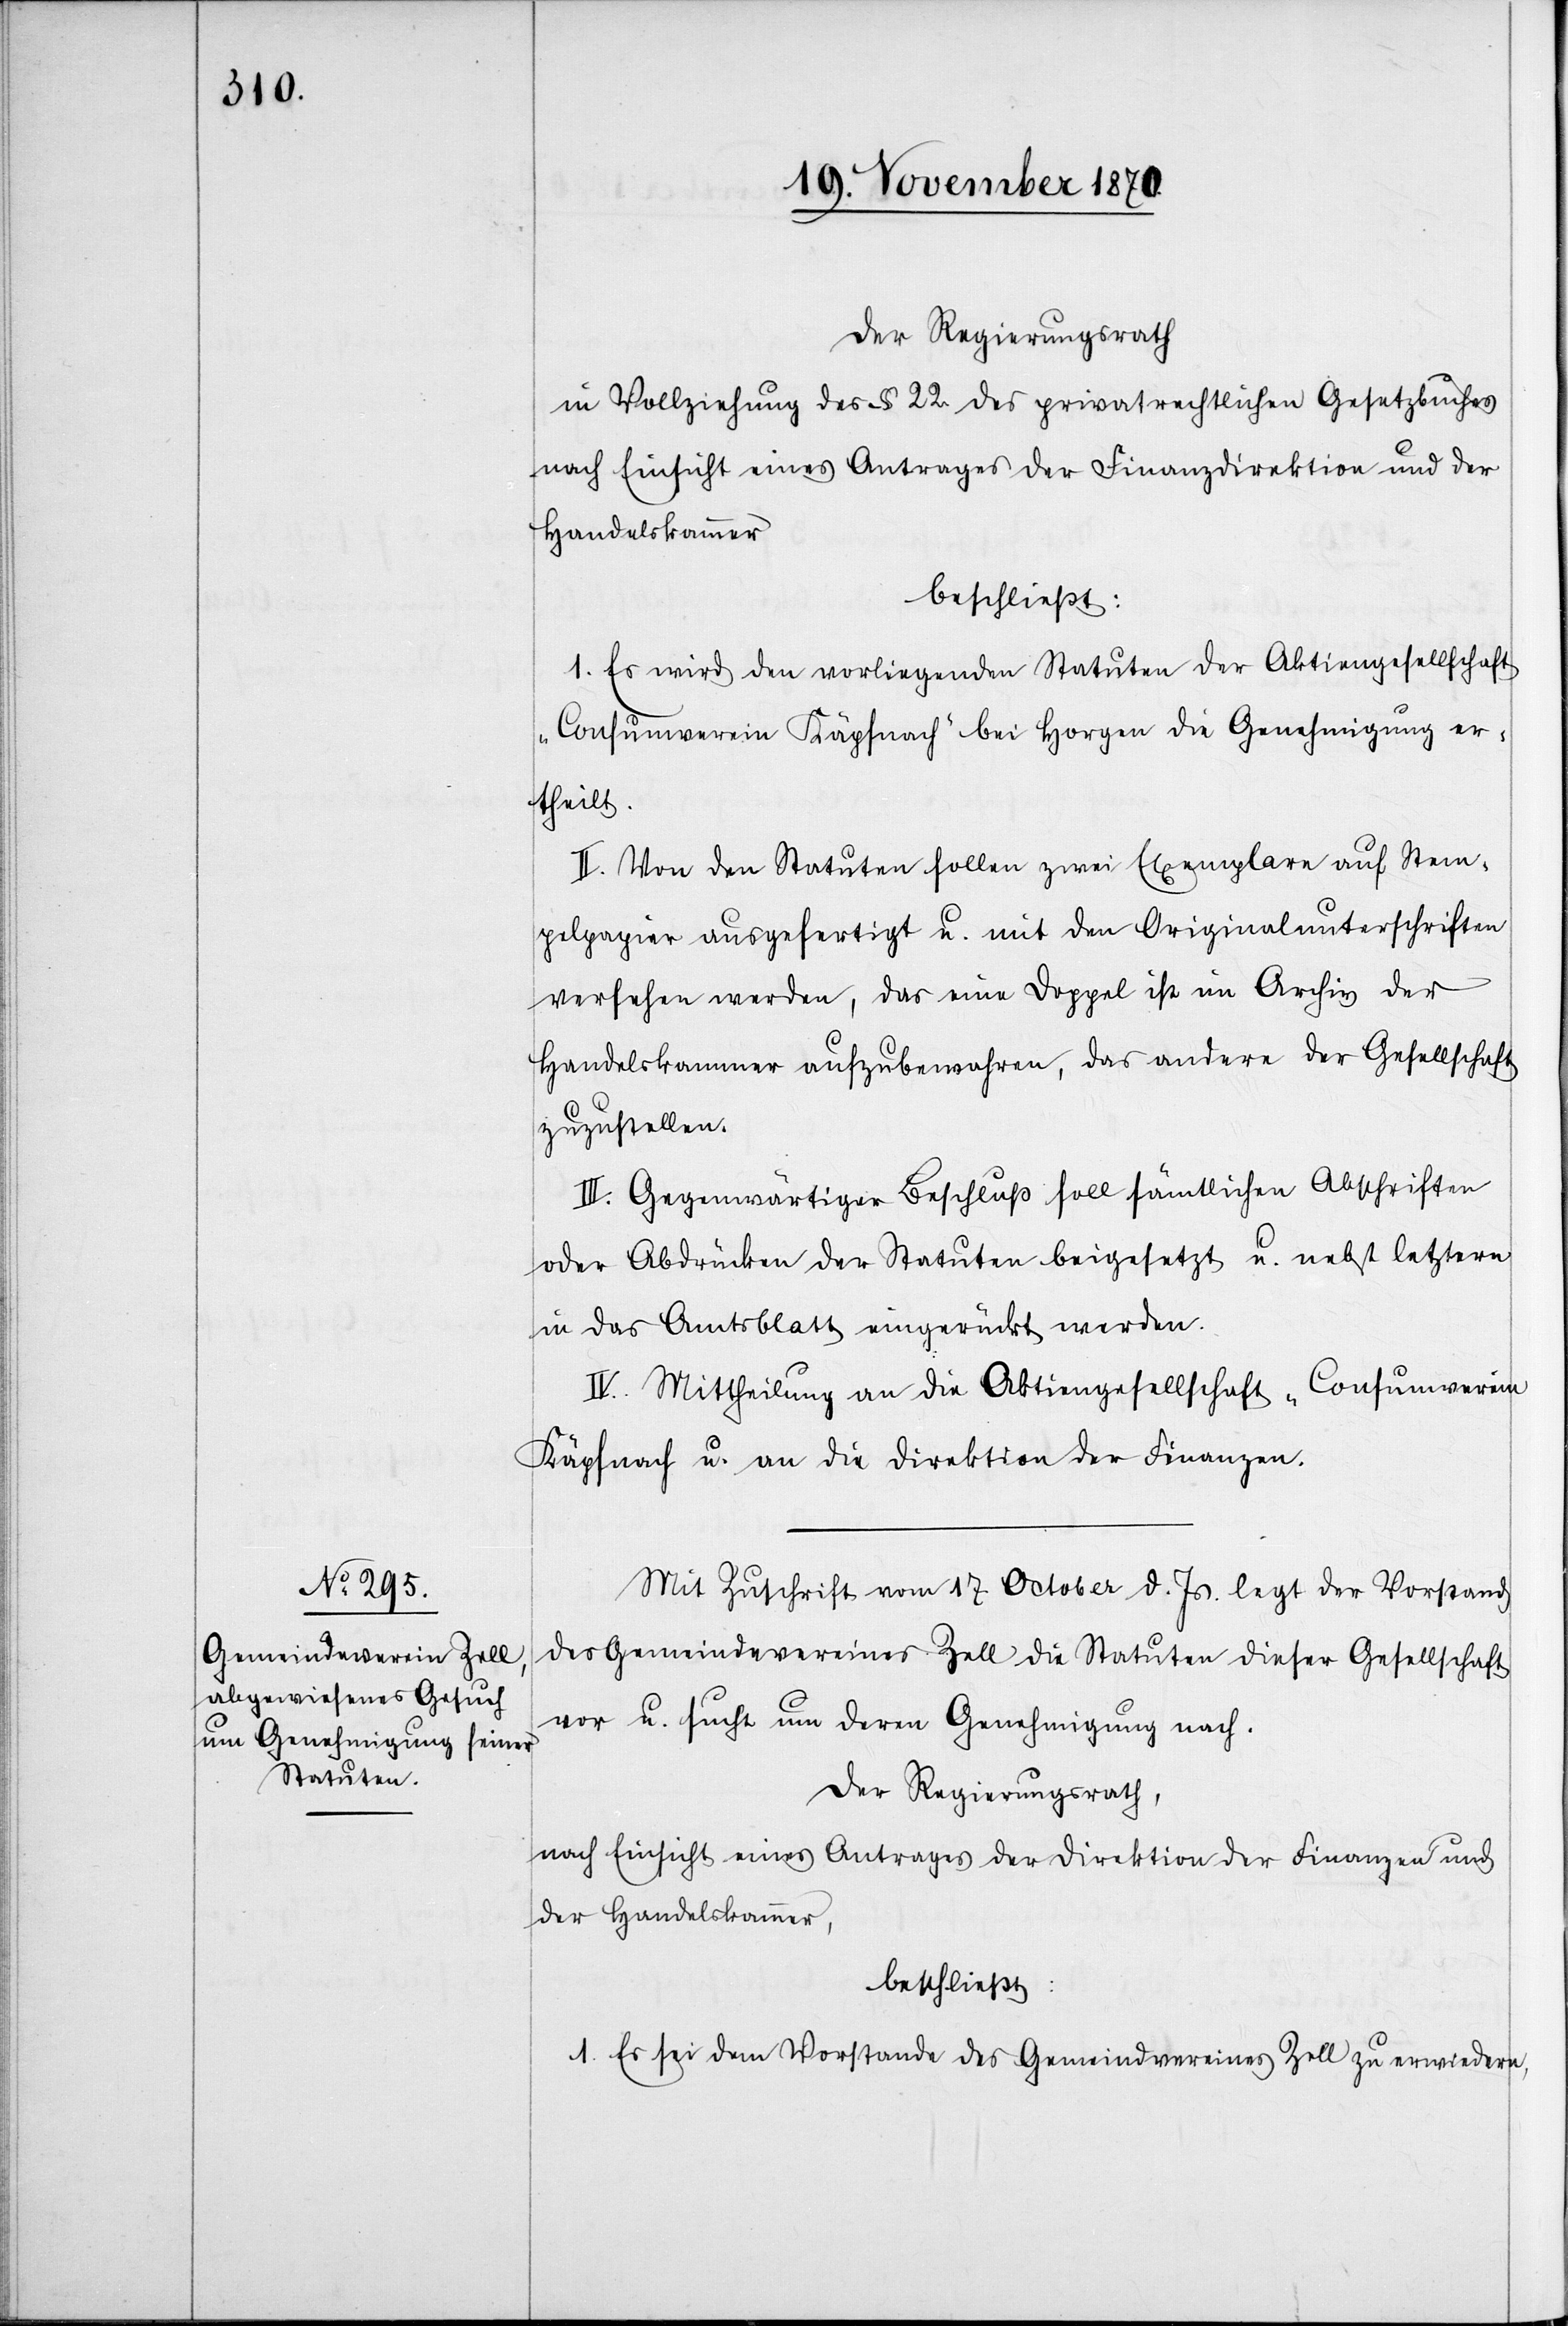
Der Regierungsrath
in Vollziehung des § 22 des privatrechtlichen Gesetzbuches
nach Einsicht eines Antrages der Finanzdirektion und der
Handelskammer
beschließt:
I. Es wird den vorliegenden Statuten der Aktiengesellschaft
„Consumverein Käpfnach“ bei Horgen die Genehmigung er¬
theilt.
II. Von den Statuten sollen zwei Exemplare auf Stem¬
pelpapier ausgefertigt u. mit den Originalunterschriften
versehen werden, das eine Doppel ist im Archiv der
Handelskammer aufzubewahren, das andere der Gesellschaft
zuzustellen.
III. Gegenwärtiger Beschluß soll sämtlichen Abschriften
oder Abdrücken der Statuten beigesetzt u. nebst letztern
in das Amtsblatt eingerückt werden.
IV. Mittheilung an die Aktiengesellschaft „Consumverein
Käpfnach[“] u. an die Direktion der Finanzen.
Mit Zuschrift vom 17 October d. Js. legt der Vorstand
des Gemeindevereines Zell die Statuten dieser Gesellschaft
vor u. sucht um deren Genehmigung nach.
Der Regierungsrath,
nach Einsicht eines Antrages der Direktion der Finanzen und
der Handelskammer,
beschließt:
1. Es sei dem Vorstande des Gemeindvereines Zell zu erwiedern,